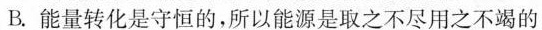
B.能量转化是守恒的，所以能源是取之不尽用之不竭的